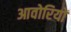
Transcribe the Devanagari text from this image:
आवोरियों